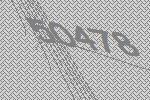
50478